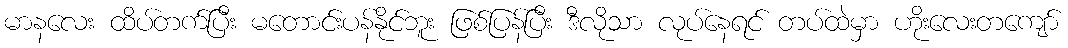
မာနလေး ထိပ်တက်ပြီး မတောင်းပန်နိုင်ဘူး ဖြစ်ပြန်ပြီး ဒီလိုသာ လုပ်နေရင် တပ်ထဲမှာ ဟိုးလေးတကျော်